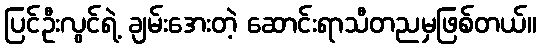
ပြင်ဦးလွင်ရဲ့ ချမ်းအေးတဲ့ ဆောင်းရာသီတညမှဖြစ်တယ်။